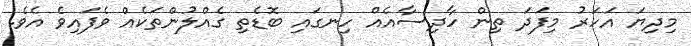
މިދިޔަ އަހަރު މިފަދަ ތިން ހާދިސާއެއް ހިނގައި ބޮޑެތި ގެއްލުންތަކެއް ވެފައިވެ އެވެ.